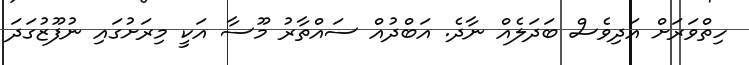
ހިތްވަރަށް އަދިވެސް ބަދަލެއް ނާދެ. އަބްދުއް ސައްތާރު މޫސާ އަކީ މިރަށުގައި ނުފޫޒުގަދަ